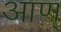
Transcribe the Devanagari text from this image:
आण्